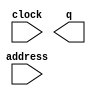
// megafunction wizard: %ROM: 1-PORT%VBB%
// GENERATION: STANDARD
// VERSION: WM1.0
// MODULE: altsyncram 

// ============================================================
// Megafunction Name(s):
// 			altsyncram
//
// Simulation Library Files(s):
// 			altera_mf
// ============================================================
// ************************************************************
// THIS IS A WIZARD-GENERATED FILE. DO NOT EDIT THIS FILE!
//
// 17.1.0 Build 590 10/25/2017 SJ Lite Edition
// ************************************************************

//Copyright (C) 2017  Intel Corporation. All rights reserved.
//Your use of Intel Corporation's design tools, logic functions 
//and other software and tools, and its AMPP partner logic 
//functions, and any output files from any of the foregoing 
//(including device programming or simulation files), and any 
//associated documentation or information are expressly subject 
//to the terms and conditions of the Intel Program License 
//Subscription Agreement, the Intel Quartus Prime License Agreement,
//the Intel FPGA IP License Agreement, or other applicable license
//agreement, including, without limitation, that your use is for
//the sole purpose of programming logic devices manufactured by
//Intel and sold by Intel or its authorized distributors.  Please
//refer to the applicable agreement for further details.

module rom (
	address,
	clock,
	q);

	input	[18:0]  address;
	input	  clock;
	output	[11:0]  q;
`ifndef ALTERA_RESERVED_QIS
// synopsys translate_off
`endif
	tri1	  clock;
`ifndef ALTERA_RESERVED_QIS
// synopsys translate_on
`endif

endmodule

// ============================================================
// CNX file retrieval info
// ============================================================
// Retrieval info: PRIVATE: ADDRESSSTALL_A NUMERIC "0"
// Retrieval info: PRIVATE: AclrAddr NUMERIC "0"
// Retrieval info: PRIVATE: AclrByte NUMERIC "0"
// Retrieval info: PRIVATE: AclrOutput NUMERIC "0"
// Retrieval info: PRIVATE: BYTE_ENABLE NUMERIC "0"
// Retrieval info: PRIVATE: BYTE_SIZE NUMERIC "8"
// Retrieval info: PRIVATE: BlankMemory NUMERIC "0"
// Retrieval info: PRIVATE: CLOCK_ENABLE_INPUT_A NUMERIC "0"
// Retrieval info: PRIVATE: CLOCK_ENABLE_OUTPUT_A NUMERIC "0"
// Retrieval info: PRIVATE: Clken NUMERIC "0"
// Retrieval info: PRIVATE: IMPLEMENT_IN_LES NUMERIC "0"
// Retrieval info: PRIVATE: INIT_FILE_LAYOUT STRING "PORT_A"
// Retrieval info: PRIVATE: INIT_TO_SIM_X NUMERIC "0"
// Retrieval info: PRIVATE: INTENDED_DEVICE_FAMILY STRING "Cyclone V"
// Retrieval info: PRIVATE: JTAG_ENABLED NUMERIC "0"
// Retrieval info: PRIVATE: JTAG_ID STRING "NONE"
// Retrieval info: PRIVATE: MAXIMUM_DEPTH NUMERIC "0"
// Retrieval info: PRIVATE: MIFfilename STRING "../my_picture.mif"
// Retrieval info: PRIVATE: NUMWORDS_A NUMERIC "327680"
// Retrieval info: PRIVATE: RAM_BLOCK_TYPE NUMERIC "0"
// Retrieval info: PRIVATE: RegAddr NUMERIC "1"
// Retrieval info: PRIVATE: RegOutput NUMERIC "0"
// Retrieval info: PRIVATE: SYNTH_WRAPPER_GEN_POSTFIX STRING "0"
// Retrieval info: PRIVATE: SingleClock NUMERIC "1"
// Retrieval info: PRIVATE: UseDQRAM NUMERIC "0"
// Retrieval info: PRIVATE: WidthAddr NUMERIC "19"
// Retrieval info: PRIVATE: WidthData NUMERIC "12"
// Retrieval info: PRIVATE: rden NUMERIC "0"
// Retrieval info: LIBRARY: altera_mf altera_mf.altera_mf_components.all
// Retrieval info: CONSTANT: ADDRESS_ACLR_A STRING "NONE"
// Retrieval info: CONSTANT: CLOCK_ENABLE_INPUT_A STRING "BYPASS"
// Retrieval info: CONSTANT: CLOCK_ENABLE_OUTPUT_A STRING "BYPASS"
// Retrieval info: CONSTANT: INIT_FILE STRING "../my_picture.mif"
// Retrieval info: CONSTANT: INTENDED_DEVICE_FAMILY STRING "Cyclone V"
// Retrieval info: CONSTANT: LPM_HINT STRING "ENABLE_RUNTIME_MOD=NO"
// Retrieval info: CONSTANT: LPM_TYPE STRING "altsyncram"
// Retrieval info: CONSTANT: NUMWORDS_A NUMERIC "327680"
// Retrieval info: CONSTANT: OPERATION_MODE STRING "ROM"
// Retrieval info: CONSTANT: OUTDATA_ACLR_A STRING "NONE"
// Retrieval info: CONSTANT: OUTDATA_REG_A STRING "UNREGISTERED"
// Retrieval info: CONSTANT: WIDTHAD_A NUMERIC "19"
// Retrieval info: CONSTANT: WIDTH_A NUMERIC "12"
// Retrieval info: CONSTANT: WIDTH_BYTEENA_A NUMERIC "1"
// Retrieval info: USED_PORT: address 0 0 19 0 INPUT NODEFVAL "address[18..0]"
// Retrieval info: USED_PORT: clock 0 0 0 0 INPUT VCC "clock"
// Retrieval info: USED_PORT: q 0 0 12 0 OUTPUT NODEFVAL "q[11..0]"
// Retrieval info: CONNECT: @address_a 0 0 19 0 address 0 0 19 0
// Retrieval info: CONNECT: @clock0 0 0 0 0 clock 0 0 0 0
// Retrieval info: CONNECT: q 0 0 12 0 @q_a 0 0 12 0
// Retrieval info: GEN_FILE: TYPE_NORMAL rom.v TRUE
// Retrieval info: GEN_FILE: TYPE_NORMAL rom.inc FALSE
// Retrieval info: GEN_FILE: TYPE_NORMAL rom.cmp FALSE
// Retrieval info: GEN_FILE: TYPE_NORMAL rom.bsf FALSE
// Retrieval info: GEN_FILE: TYPE_NORMAL rom_inst.v FALSE
// Retrieval info: GEN_FILE: TYPE_NORMAL rom_bb.v TRUE
// Retrieval info: LIB_FILE: altera_mf